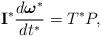
LaTeX: \begin{align*}\mathbf{I^{*}} \dfrac{d \boldsymbol\omega^{*}}{dt^{*}} = T^{*} P,\end{align*}